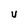
Character: U